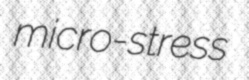
micro-stress